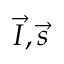
\vec { I } , \vec { s }